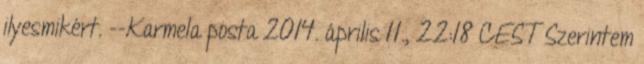
ilyesmikért. --Karmela posta 2014. április 11., 22:18 CEST Szerintem